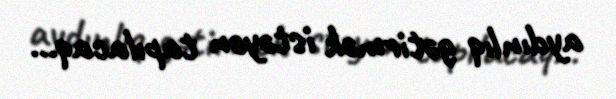
aydınlıq gətirmək istəyən tapılacaq...